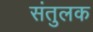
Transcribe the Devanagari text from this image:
संतुलक